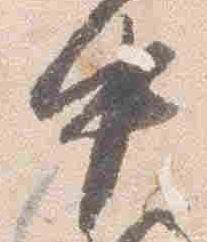
中